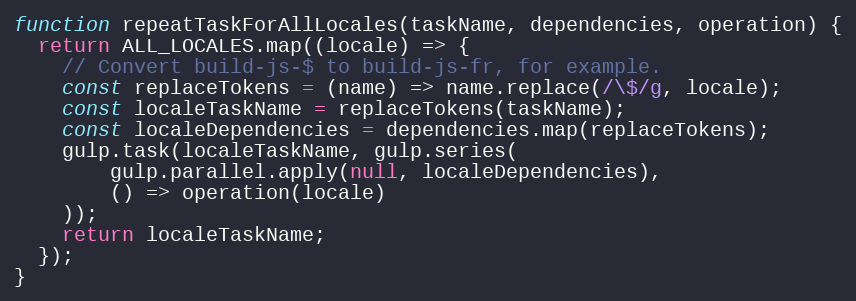
Language: JavaScript
function repeatTaskForAllLocales(taskName, dependencies, operation) {
  return ALL_LOCALES.map((locale) => {
    // Convert build-js-$ to build-js-fr, for example.
    const replaceTokens = (name) => name.replace(/\$/g, locale);
    const localeTaskName = replaceTokens(taskName);
    const localeDependencies = dependencies.map(replaceTokens);
    gulp.task(localeTaskName, gulp.series(
        gulp.parallel.apply(null, localeDependencies),
        () => operation(locale)
    ));
    return localeTaskName;
  });
}